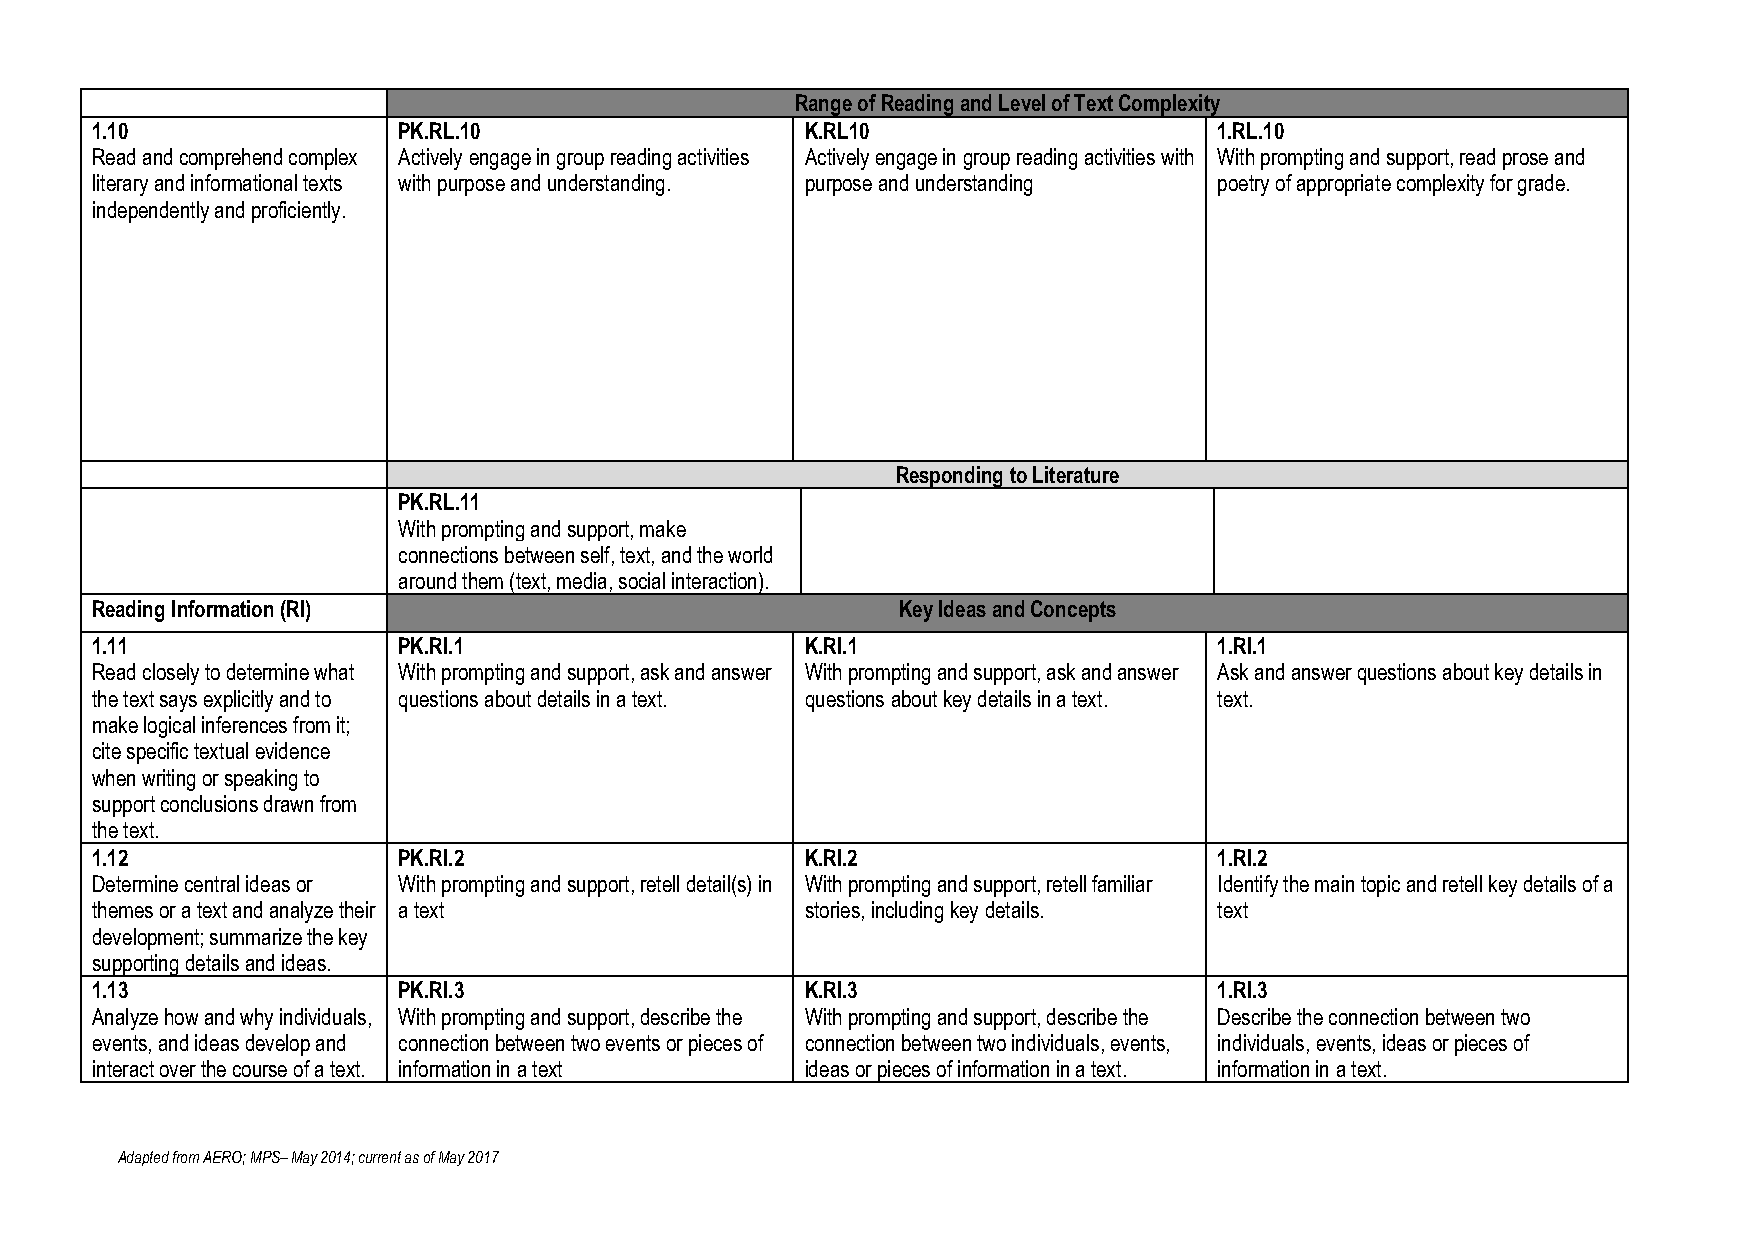
Range of Reading and Level of Text Complexity
 1.10                PK.RL.10                   K.RL10                      1.RL.10
 Read and comprehend complex Actively engage in group reading activities Actively engage in group reading activities with With prompting and support, read prose and
 literary and informational texts with purpose and understanding. purpose and understanding poetry of appropriate complexity for grade.
 independently and proficiently.
 Responding to Literature
 PK.RL.11
 With prompting and support, make
 connections between self, text, and the world
 around them (text, media, social interaction).
 Reading Information (RI)                             Key Ideas and Concepts
 1.11                PK.RI.1                    K.RI.1                      1.RI.1
 Read closely to determine what With prompting and support, ask and answer With prompting and support, ask and answer Ask and answer questions about key details in
 the text says explicitly and to questions about details in a text. questions about key details in a text. text.
 make logical inferences from it;
 cite specific textual evidence
 when writing or speaking to
 support conclusions drawn from
 the text.
 1.12                PK.RI.2                    K.RI.2                      1.RI.2
 Determine central ideas or With prompting and support, retell detail(s) in With prompting and support, retell familiar Identify the main topic and retell key details of a
 themes or a text and analyze their a text      stories, including key details. text
 development; summarize the key
 supporting details and ideas.
 1.13                PK.RI.3                    K.RI.3                      1.RI.3
 Analyze how and why individuals, With prompting and support, describe the With prompting and support, describe the Describe the connection between two
 events, and ideas develop and connection between two events or pieces of connection between two individuals, events, individuals, events, ideas or pieces of
 interact over the course of a text. information in a text ideas or pieces of information in a text. information in a text.
 Adapted from AERO; MPS– May 2014; current as of May 2017